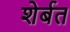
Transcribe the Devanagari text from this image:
शेर्बत